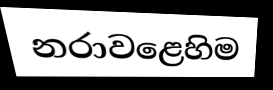
නරාවළෙහිම